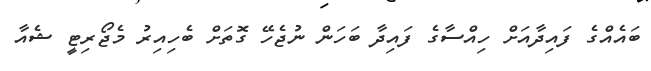
ބައެއްގެ ފައިދާއަށް ހިއްސާގެ ފައިދާ ބަހަން ނުޖެހޭ ގޮތަށް ބެހިއިރު މެޖޯރިޓީ ޝެއާ